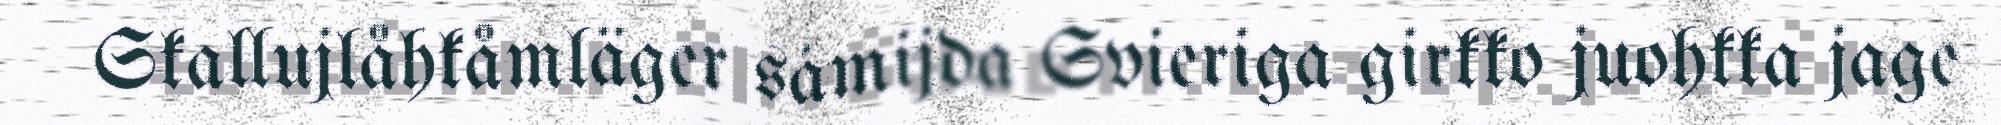
Skallujlåhkåmläger sámijda Svieriga girkko juohkka jage